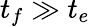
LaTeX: t_{f}\gg t_{e}